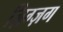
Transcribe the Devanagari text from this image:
ज़िग्ज़ग